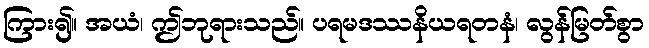
ကြား၍။ အယံ၊ ဤဘုရားသည်။ ပရမဒဿနိယရတနံ၊ လွန်မြတ်စွာ